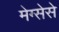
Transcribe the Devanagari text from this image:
मेग्सेसे